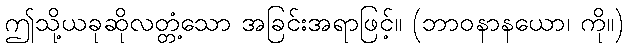
ဤသို့ယခုဆိုလတ္တံ့သော အခြင်းအရာဖြင့်။ (ဘာဝနာနယော၊ ကို။)